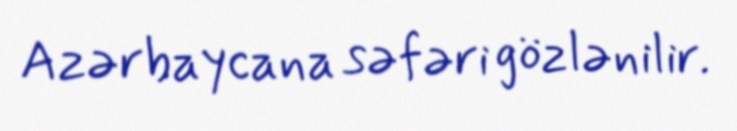
Azərbaycana səfəri gözlənilir.